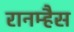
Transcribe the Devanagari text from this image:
रानम्हैस